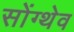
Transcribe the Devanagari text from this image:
सोंग्थेव